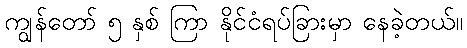
ကျွန်တော် ၅ နှစ် ကြာ နိုင်ငံရပ်ခြားမှာ နေခဲ့တယ်။